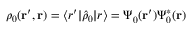
\rho _ { 0 } ( \ensuremath { \mathbf { r } } ^ { \prime } , \ensuremath { \mathbf { r } } ) = \ensuremath { \langle \b { r } ^ { \prime } \vert } \hat { \rho } _ { 0 } \ensuremath { \vert \b { r } \rangle } = \Psi _ { 0 } ^ { } ( \ensuremath { \mathbf { r } } ^ { \prime } ) \Psi _ { 0 } ^ { * } ( \ensuremath { \mathbf { r } } )